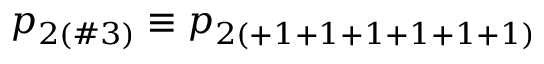
p _ { 2 ( \# 3 ) } \equiv p _ { 2 ( + 1 + 1 + 1 + 1 + 1 + 1 ) }